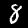
Label: 8